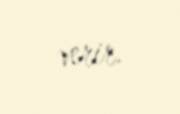
verir.